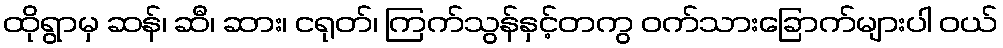
ထိုရွာမှ ဆန်၊ ဆီ၊ ဆား၊ ငရုတ်၊ ကြက်သွန်နှင့်တကွ ဝက်သားခြောက်များပါ ဝယ်